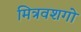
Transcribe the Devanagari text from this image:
मित्रवशगो